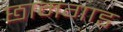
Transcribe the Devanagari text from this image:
छामगाड